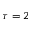
\tau = 2